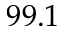
9 9 . 1